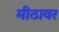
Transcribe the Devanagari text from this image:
मीठावर